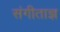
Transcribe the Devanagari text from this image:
संगीताज्ञ